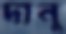
দানু